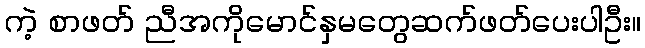
ကဲ့ စာဖတ် ညီအကိုမောင်နှမတွေဆက်ဖတ်ပေးပါဦး။